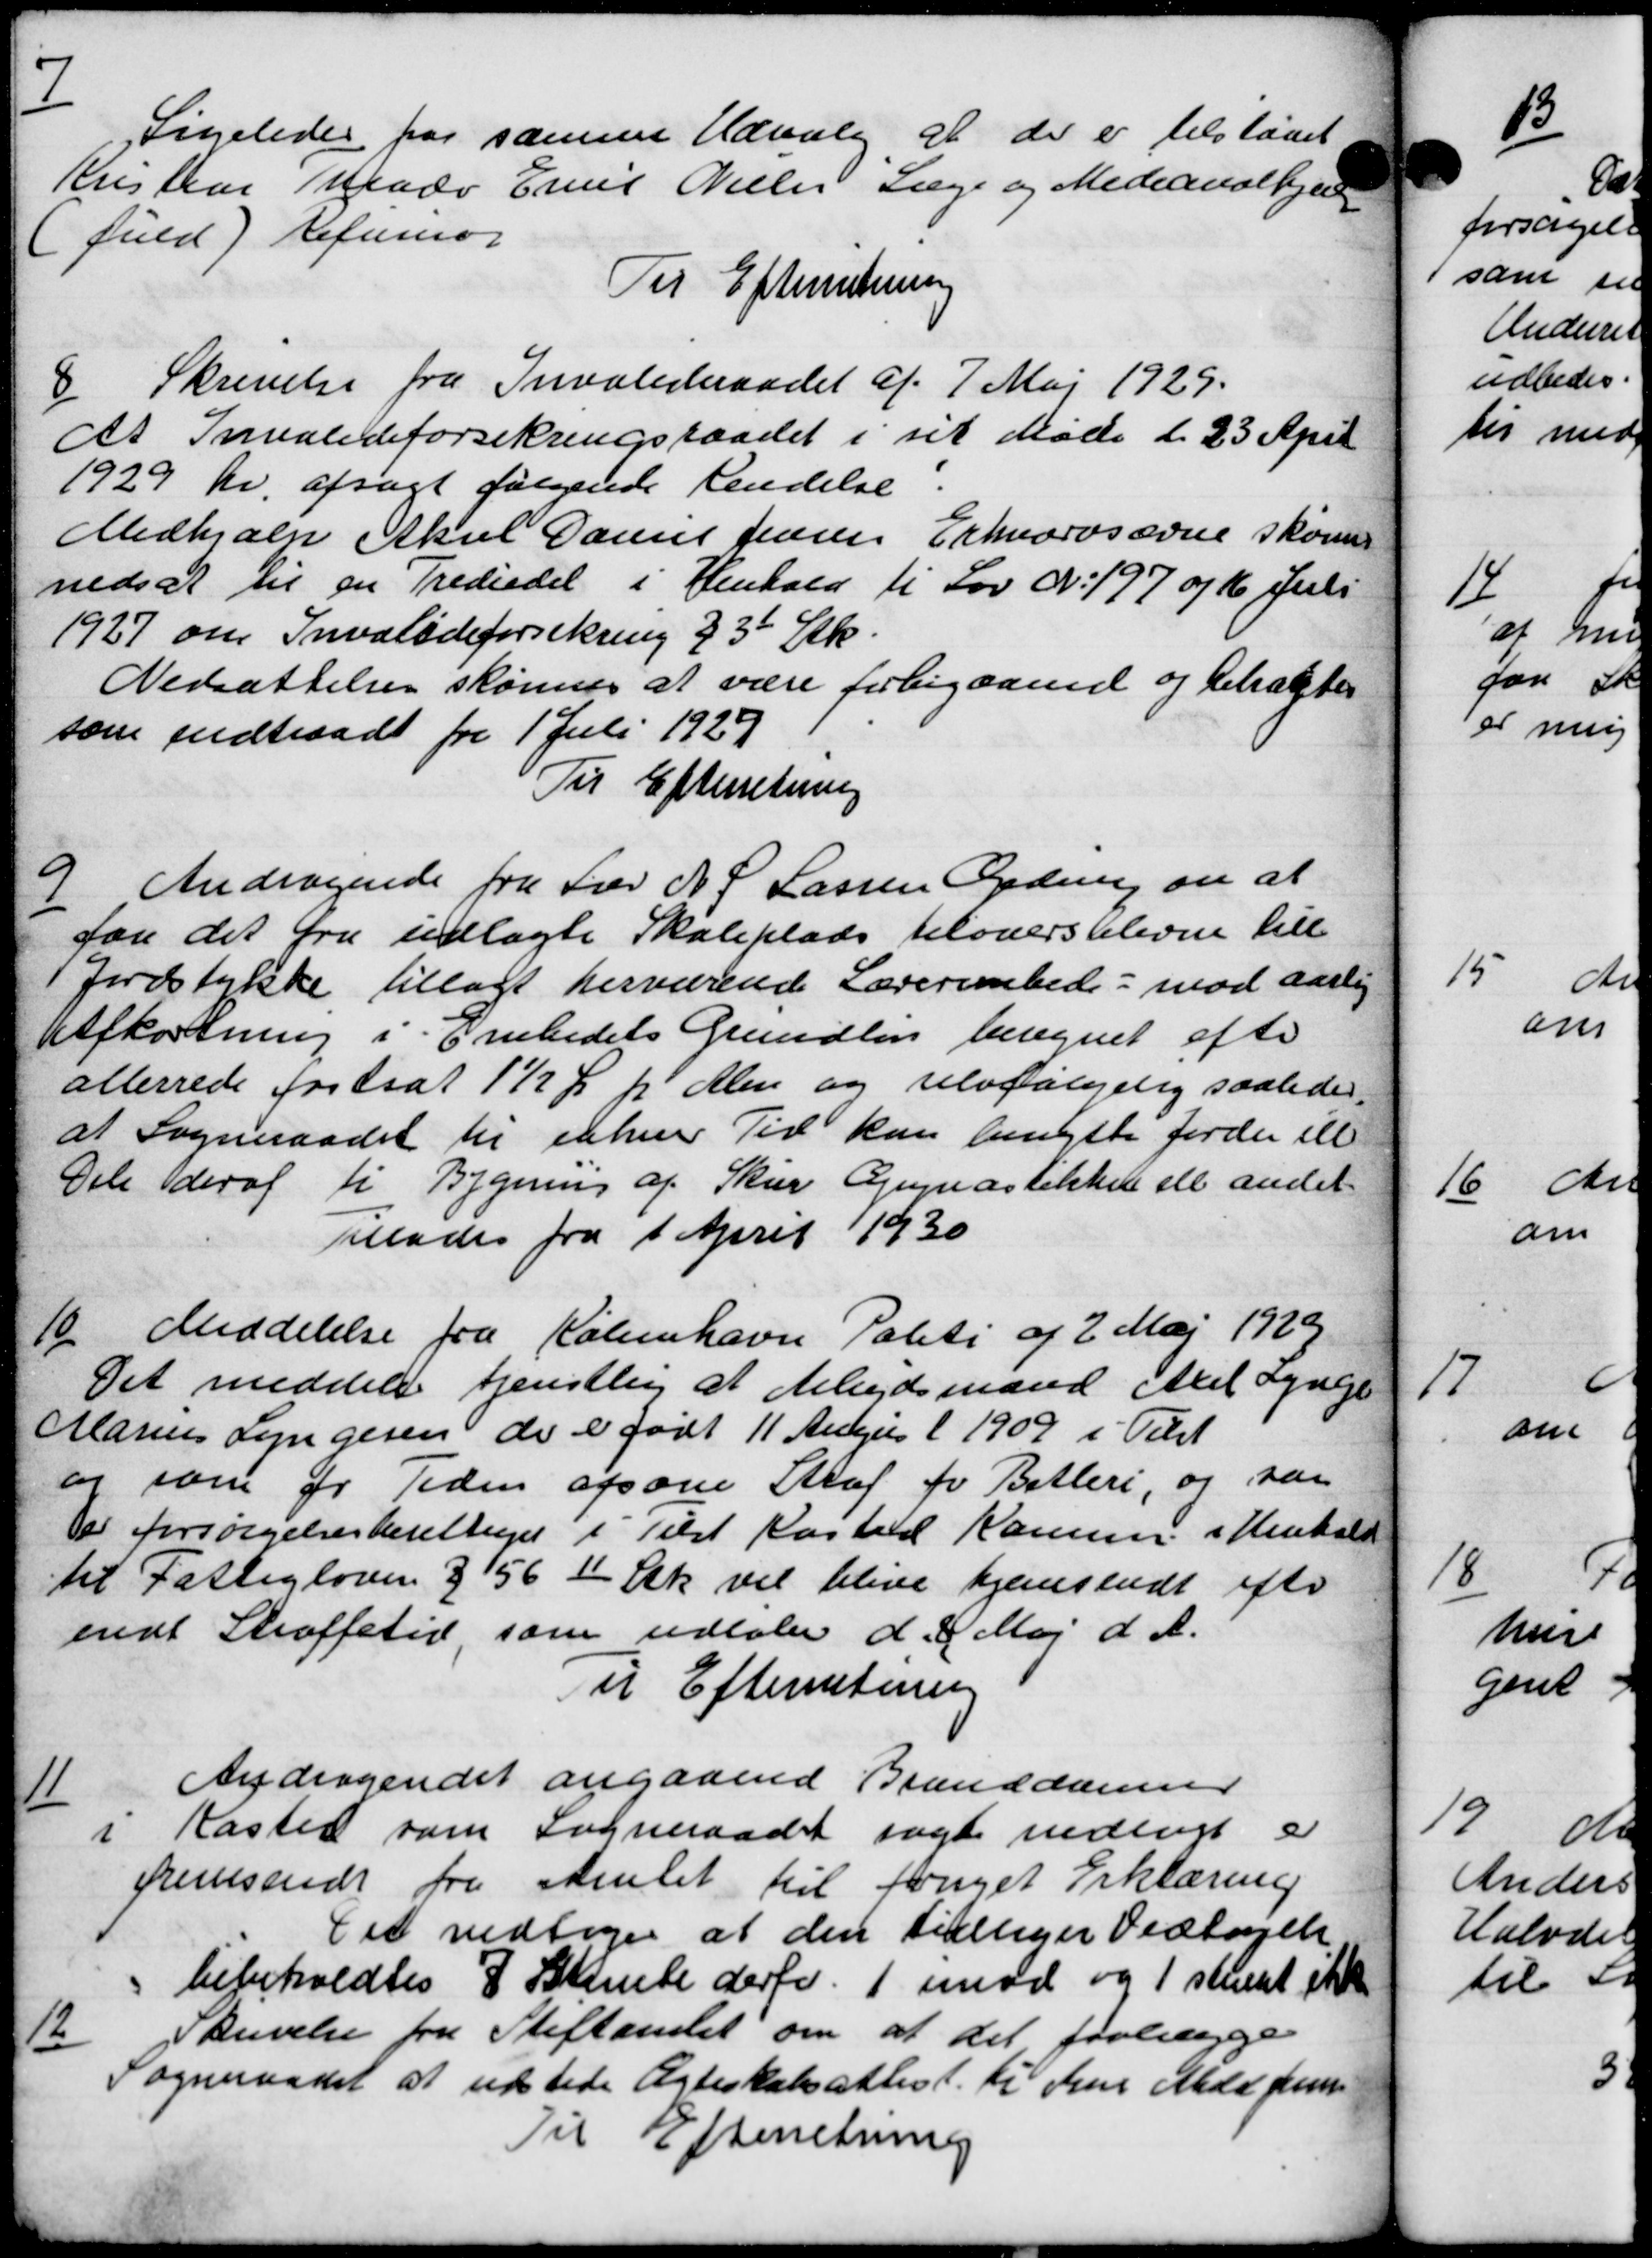
Transskription:
7
Ligeledes for samme Udvalg at der er tilstaaet
Kristian Mads Emil Nielsen Læge og Medicinalbjer
(fuld) Refusion
Til Efterretning
8
Skrivelse fra Invalideraadet af 7 Maj 1929.
At Invalideforsikringsraadet i sit Møde d. 23 April
1929 Kr. afsagt følgende Kendelse.
Medhjælp Aksel Dannes Jensen Erhvervsevne skoms
nedsat til en Trediedel i Henhold til Lov No. 197 og 16 Juli
1927 om Invalideforsikring 23 Stk.
Nedsættelse skønnes at være forbigaaende og betaltes
som indtraadt fra 1 Juli 1927
Til Efterretning
9
Andragende fra Frer N. P Lassen Ordning om at
for det fra udlagte Skoleplads tilovers blevne till
Jordstykke tillagt herværende Lærerembede - mod aarlig
Afkortning i Embedets Grundlen beregnet efte
allerrede fastsat 1½ Ø pr Men og selvfølgelig saaledes.
at Sogneraadet til enken Tid kan benytte forden elle
Dele deraf ti Bygning af Skur Gymnastikken ell andet
Tillades fra 1 April 1930
10.
Meddelelse fra København Politi af 2 Maj 1929
Det meddele fremtlig at Arbejdsmand Axel Lynge
Marius Lyngeren de er født 11 August 1909 i Tilst
og som pr Tiden afsone Straf for Betleri, og saa
Der forsørgelsesberettiget i Tilst Kasted Komun i Henhold
til Fattigloven § 156 1 Stk vil blive hjemstadt efter
endt Straffetid, som udtale d. 4 Maj d. A.
Til Efterretning
11
Andragendet angaaende Branddammer
i Kaster som Sogneraadet søgt nedlagt er
fremsendt fra Amtet til foriget Erklæring
Det vedtoges at den tilliger Vedtagelse
bebeholdtes 7 Stemte derfor 1 imod og 1 stemt ikke

Skrivelse fra Stiftamtet om at det forlægge
Sogneraadet at udstede Ægteskabsatlist til Fru Medd Jensen
Til Efterretning